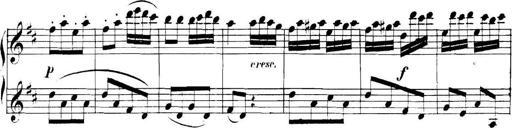
Title: Collected Piano Sonatas
Composer: Muzio Clementi